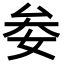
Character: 𡜀